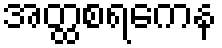
အတ္ထစရကေန